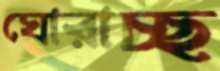
ঘোরাচ্ছ